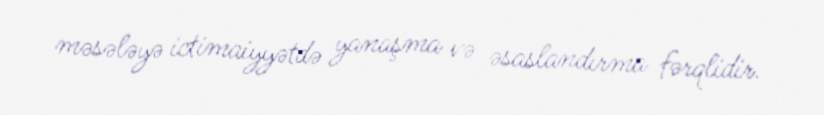
məsələyə ictimaiyyətdə yanaşma və əsaslandırma fərqlidir.